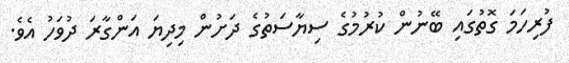
ފުރިހަމަ ގޮތުގައި ބޭނުން ކުރުމުގެ ސިޔާސަތުގެ ދަށުން މިދިޔަ އަންގާރަ ދުވަހު އެވެ.